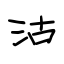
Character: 沽